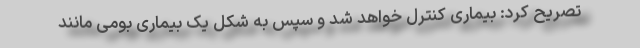
تصریح کرد: بیماری کنترل خواهد شد و سپس به شکل یک بیماری بومی مانند